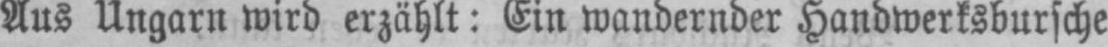
Aus Ungarn wird erzählt: Ein wandernder Handwerksbursche